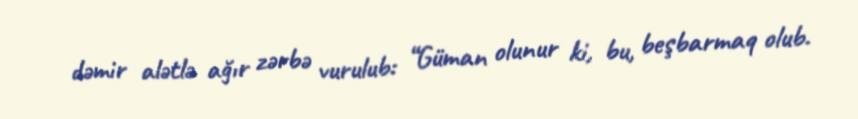
dəmir alətlə ağır zərbə vurulub: “Güman olunur ki, bu, beşbarmaq olub.